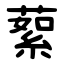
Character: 蕠